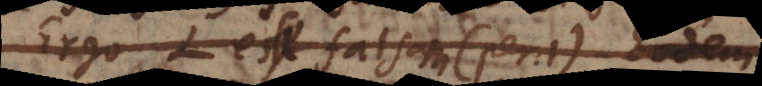
Ergo L esse falsam (per 1). Eodem